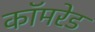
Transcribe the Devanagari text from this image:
काॅमरेड